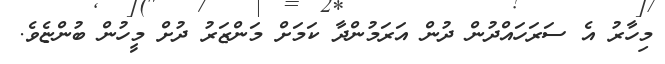
މިހާރު އެ ސަރަހައްދުން ދުން އަރަމުންދާ ކަމަށް މަންޒަރު ދުށް މީހުން ބުންޏެވެ.